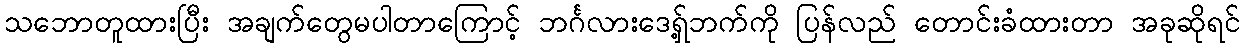
သဘောတူထားပြီး အချက်တွေမပါတာကြောင့် ဘင်္ဂလားဒေရှ့်ဘက်ကို ပြန်လည် တောင်းခံထားတာ အခုဆိုရင်